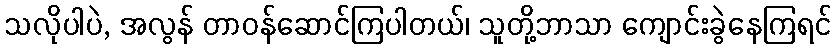
သလိုပါပဲ, အလွန် တာဝန်ဆောင်ကြပါတယ်၊ သူတို့ဘာသာ ကျောင်းခွဲနေကြရင်